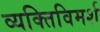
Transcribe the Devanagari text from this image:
व्यक्तिविमर्श